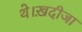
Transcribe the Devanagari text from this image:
थे।ख़दीजा